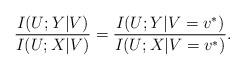
LaTeX: \begin{align*} \frac{I(U;Y|V)}{I(U;X|V)}= \frac{I(U;Y|V=v^*)}{I(U;X|V=v^*)}.\end{align*}